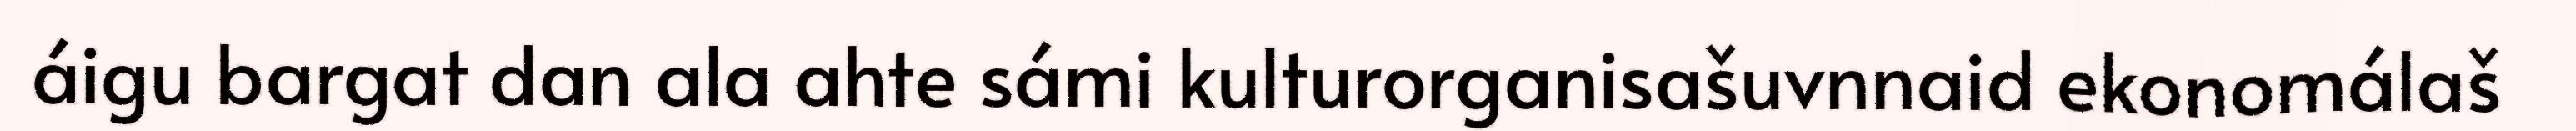
áigu bargat dan ala ahte sámi kulturorganisašuvnnaid ekonomálaš